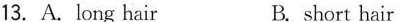
13. A. long hair B. short hair